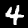
Label: 4